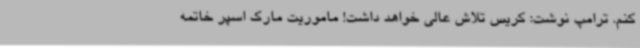
کنم. ترامپ نوشت: کریس تلاش عالی خواهد داشت! ماموریت مارک اسپر خاتمه